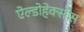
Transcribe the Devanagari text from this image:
ऐल्डोहेक्सोस